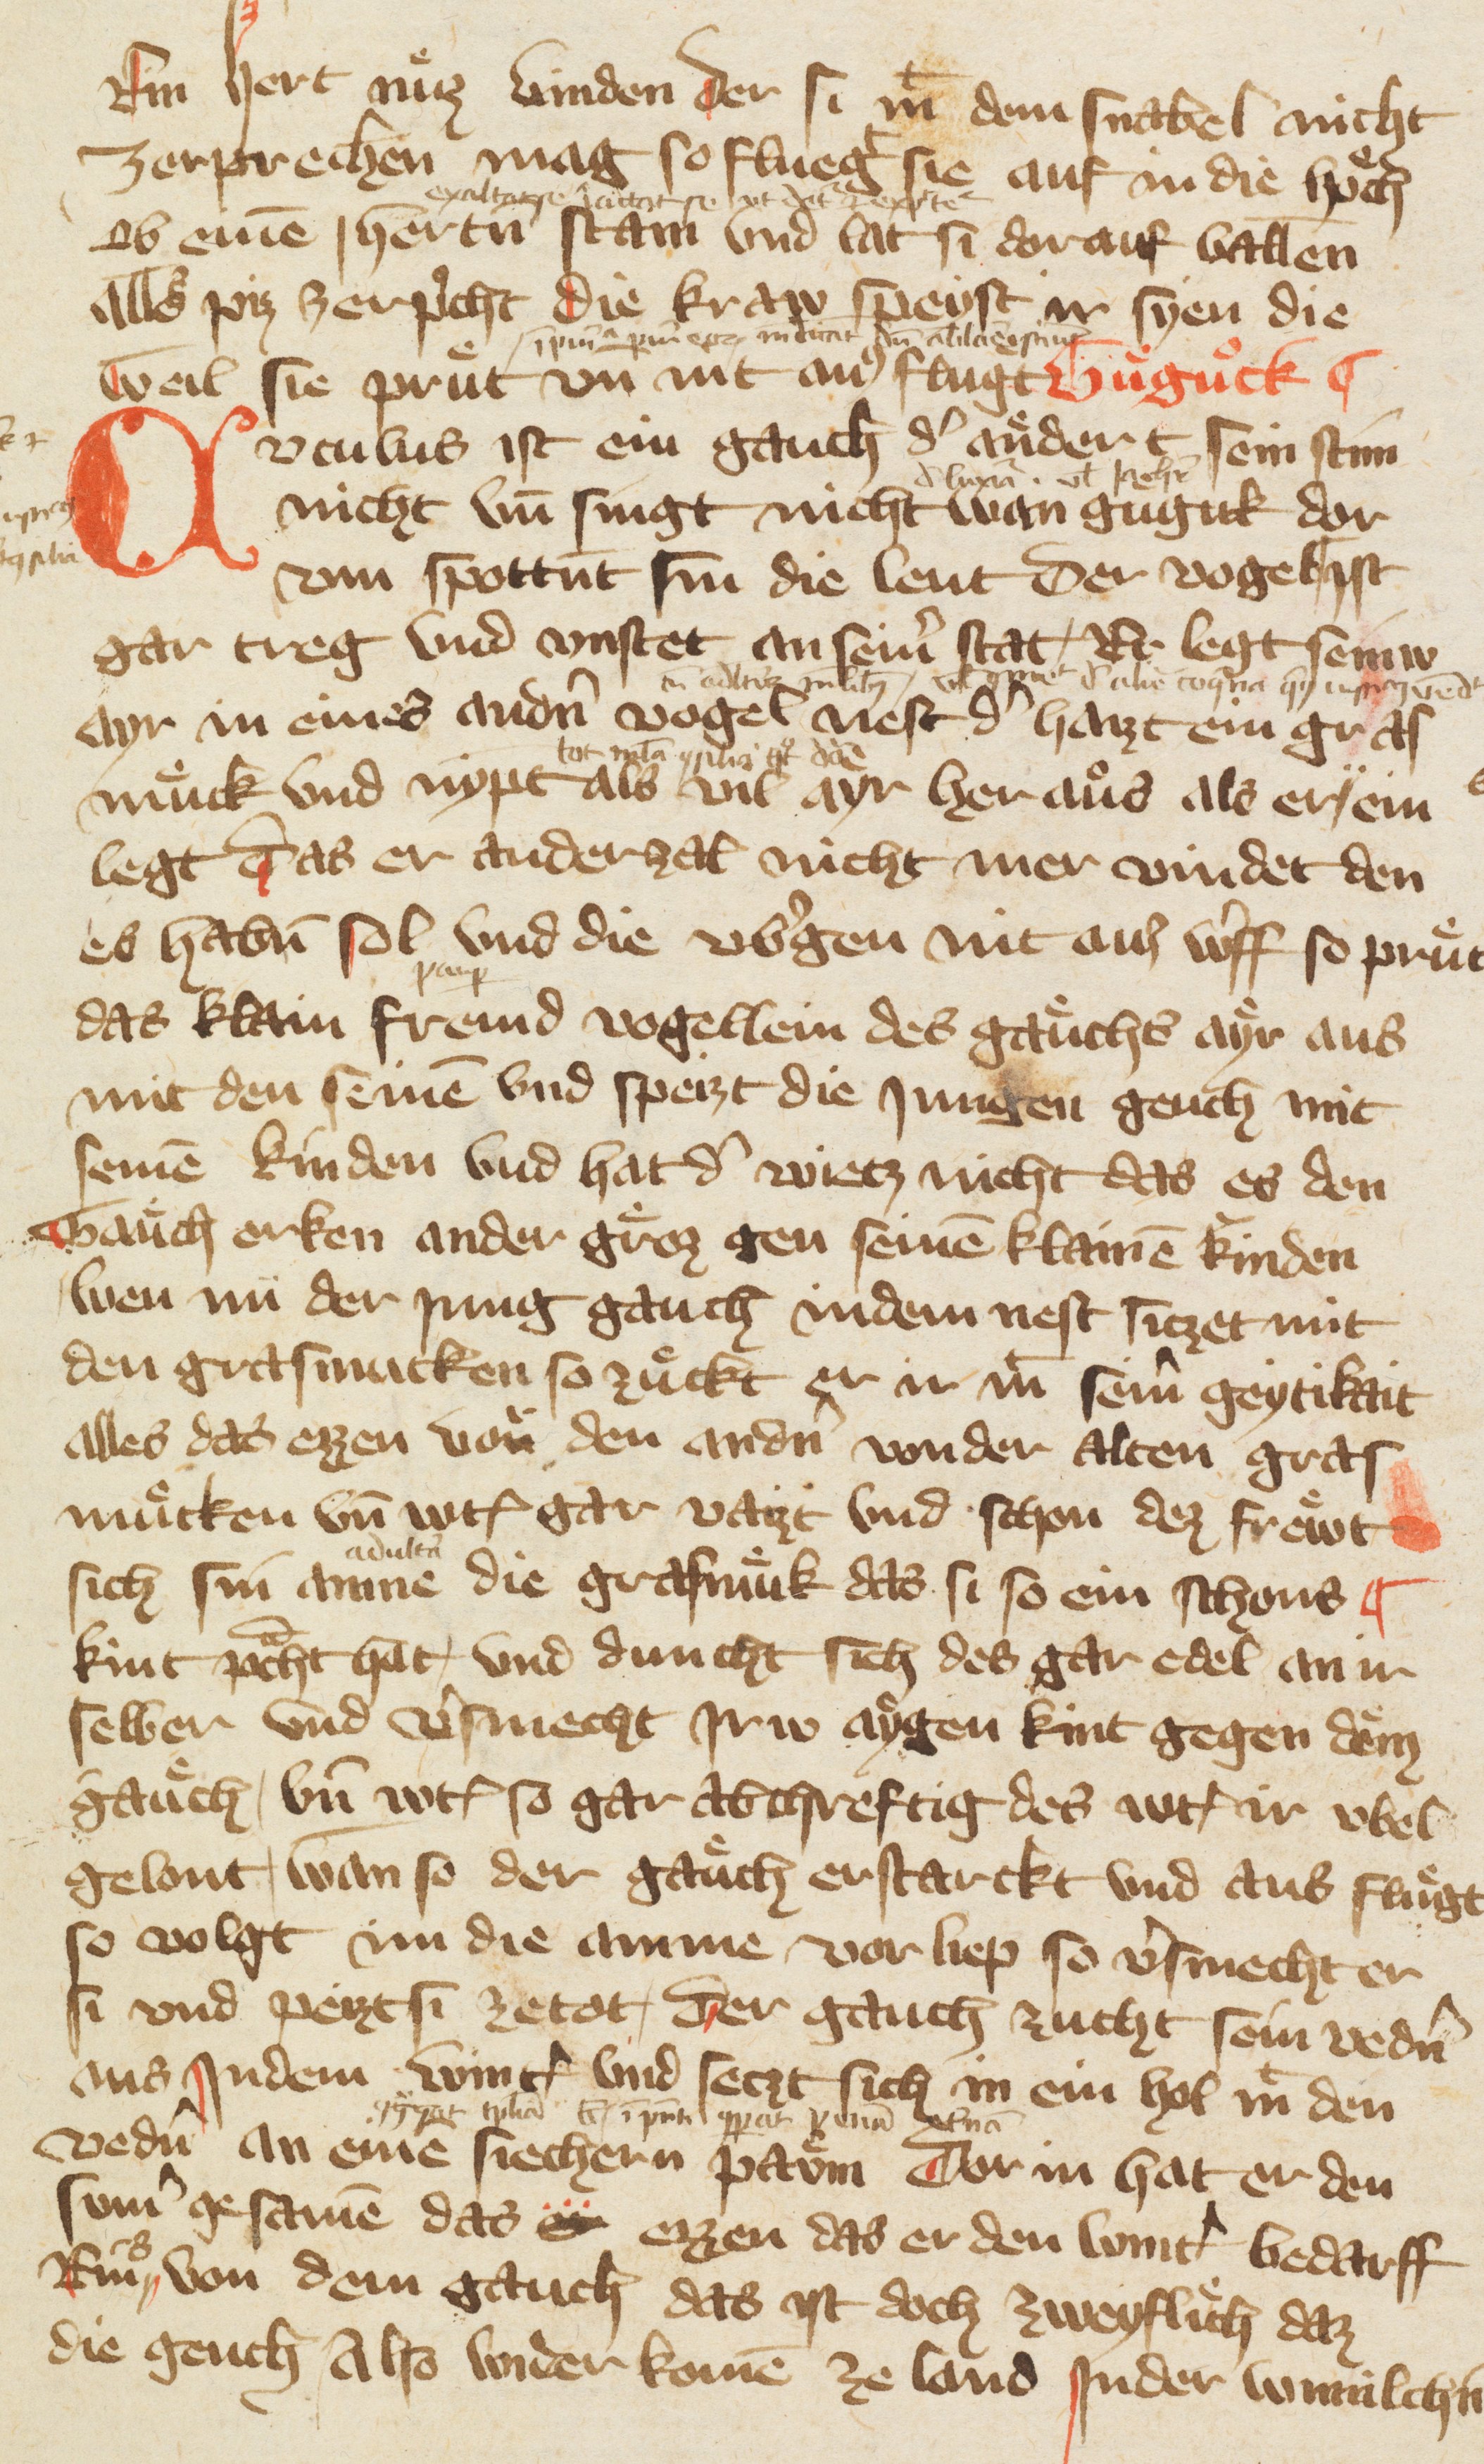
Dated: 1378–1378